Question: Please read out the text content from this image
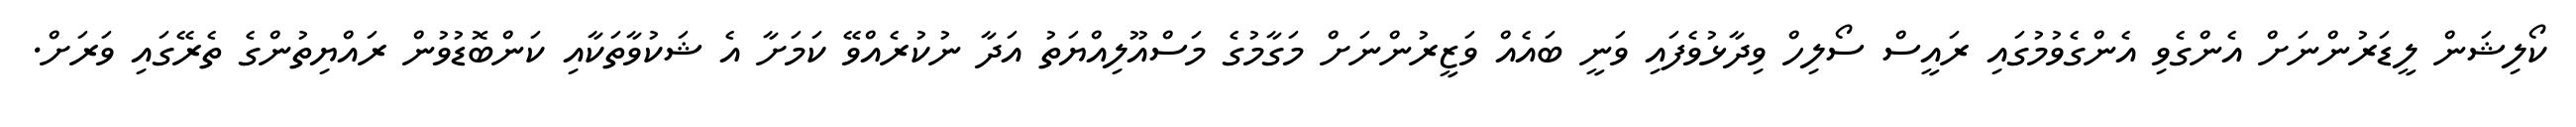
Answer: ކޯލިޝަން ލީޑަރުންނަށް އެންގެވި އެންގެވުމުގައި ރައީސް ސޯލިހް ވިދާޅުވެފައި ވަނީ ބައެއް ވަޒީރުންނަށް މަގާމުގެ މަސްއޫލިއްޔަތު އަދާ ނުކުރެއްވޭ ކަމަށާ އެ ޝަކުވާތަކާއި ކަންބޮޑުވުން ރައްޔިތުންގެ ތެރޭގައި ވަރަށް.